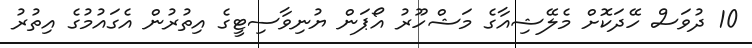
10 ދުވަސް ހޭދަކޮށް މެލޭޝިއާގެ މަޝްހޫރު އޯޕަން ޔުނިވާސިޓީގެ އިތުރުން އެގައުމުގެ އިތުރު